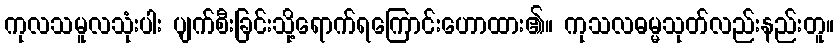
ကုလသမူလသုံးပါး ပျက်စီးခြင်းသို့ရောက်ရကြောင်းဟောထား၏။ ကုသလဓမ္မသုတ်လည်းနည်းတူ။